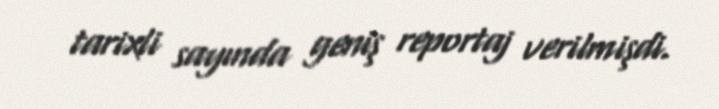
tarixli sayında geniş reportaj verilmişdi.